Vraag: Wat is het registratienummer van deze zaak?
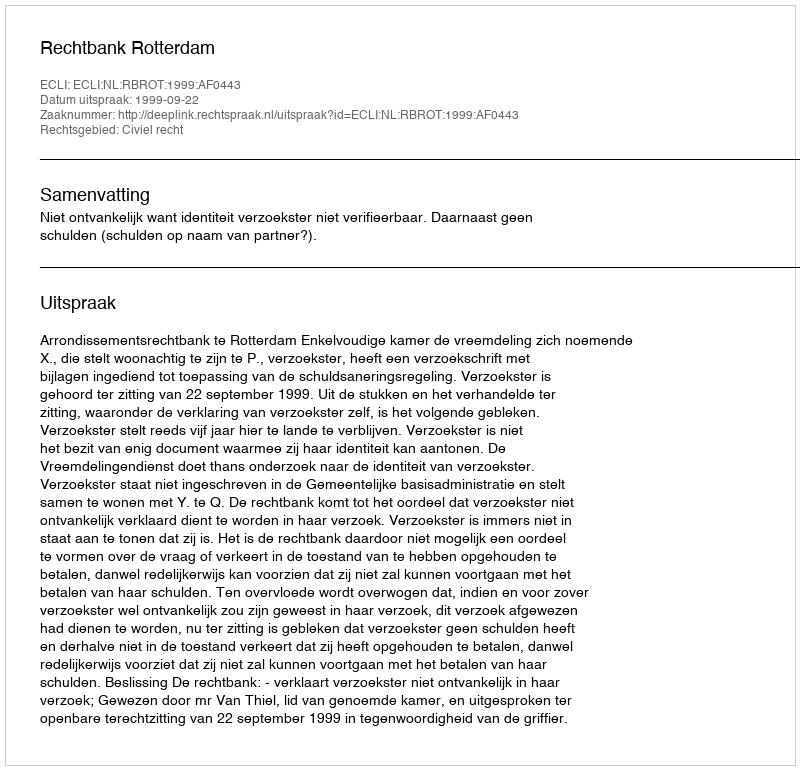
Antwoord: http://deeplink.rechtspraak.nl/uitspraak?id=ECLI:NL:RBROT:1999:AF0443